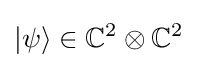
|\psi \rangle \in \mathbb {C} ^{2}\otimes \mathbb {C} ^{2}